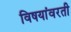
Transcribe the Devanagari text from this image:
विषयांवरती